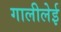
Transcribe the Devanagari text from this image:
गालीलेई